Leaving Certificate Examination, 1911
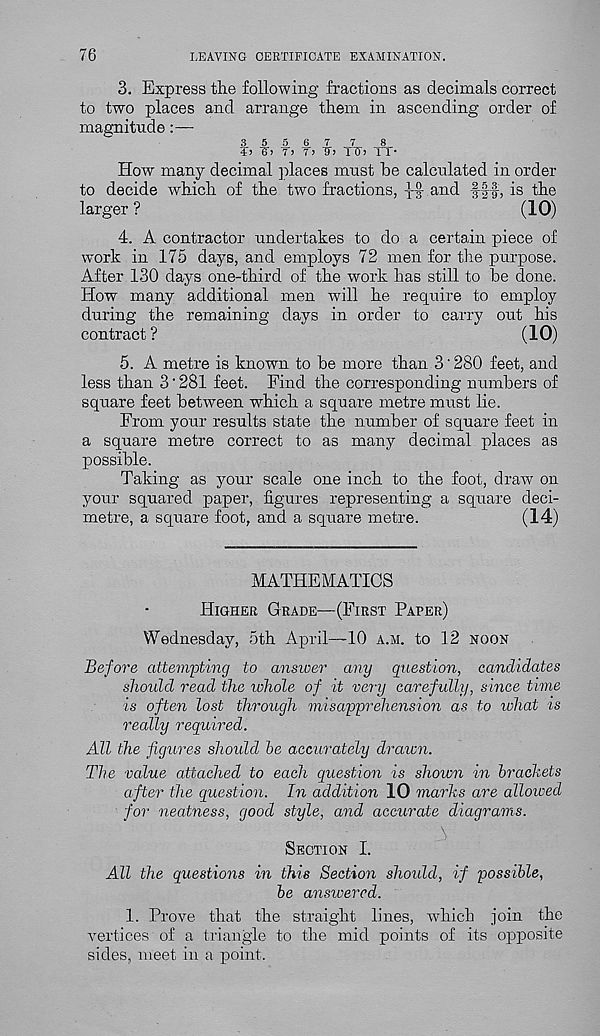
76
LEAVING CERTIFICATE EXAMINATION.
3. Express the following fractions as decimals correct
to two places and arrange them in ascending order of
magnitude:—
3 5
45 IT)
6. 7
75 ¥5
7
TT5-5
8
1 1-
How many decimal places must he calculated in order
to decide which of the two fractions,
and fff, is the
larger ?
(10)
4. A contractor undertakes to do a certain piece of
work in 175 days, and employs 72 men for the purpose.
After 130 days one-third of the work has still to he done.
How many additional men will he require to employ
during the remaining days in order to carry out his
contract ?
(10)
5. A metre is known to be more than 3'280 feet, and
less than 3 ‘ 281 feet. Find the corresponding numbers of
square feet between which a square metre must lie.
From your results state the number of square feet in
a square metre correct to as many decimal places as
possible.
Taking as your scale one inch to the foot, draw on
your squared paper, figures representing a square deci-
metre, a square foot, and a square metre.
(14)
MATHEMATICS
Higher Grade—(First Paper)
Wednesday, 5th April—10 a.m. to 12 noon
Before attempting to answer any question, candidates
should read the idhole of it very carefidly, since time
is often lost through misapprehension as to what is
really required.
All the figures should he accurately drawn.
The value attached to each question is shown in brackets
after the question. In addition 10 marks are alloioed
for neatness, good style, and accurate diagrams.
A
Section I.
All the questions in this Section should, if possible,
be answered.
1. Prove that the straight lines, which join the
vertices of a triangle to the mid points of its opposite
sides, meet in a point.